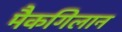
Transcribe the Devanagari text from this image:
मैकगिलान